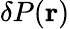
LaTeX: \delta P(\mathbf{r})